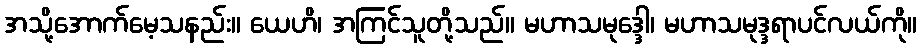
အသို့အောက်မေ့သနည်း။ ယေဟိ၊ အကြင်သူတို့သည်။ မဟာသမုဒ္ဒေါ၊ မဟာသမုဒ္ဒရာပင်လယ်ကို။